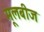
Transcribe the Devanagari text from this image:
मूलबीज